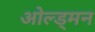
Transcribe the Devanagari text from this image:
ओल्ड्मन